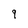
Character: 9